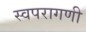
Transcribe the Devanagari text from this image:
स्वपरागणी